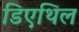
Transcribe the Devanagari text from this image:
डिएथिल